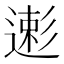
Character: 𱝥